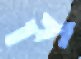
צו